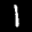
Label: 1